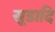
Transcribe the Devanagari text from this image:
सूडादि